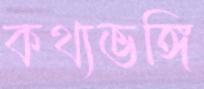
কথ্যভঙ্গি